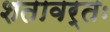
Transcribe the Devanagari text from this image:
शतावर्तः